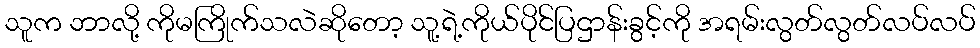
သူက ဘာလို့ ကိုမကြိုက်သလဲဆိုတော့ သူ့ရဲ့ကိုယ်ပိုင်ပြဌာန်းခွင့်ကို အရမ်းလွတ်လွတ်လပ်လပ်